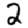
Digit: 2